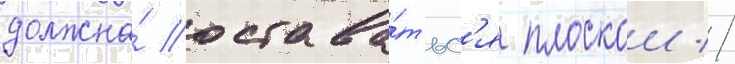
должна́ остава́тьс'я плоскои //